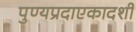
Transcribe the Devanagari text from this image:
पुण्यप्रदाएकादशी